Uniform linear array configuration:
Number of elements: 16
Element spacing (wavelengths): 0.75
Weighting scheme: hann
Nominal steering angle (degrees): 15
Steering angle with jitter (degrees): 14.994
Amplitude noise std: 0.05
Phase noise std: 0.05

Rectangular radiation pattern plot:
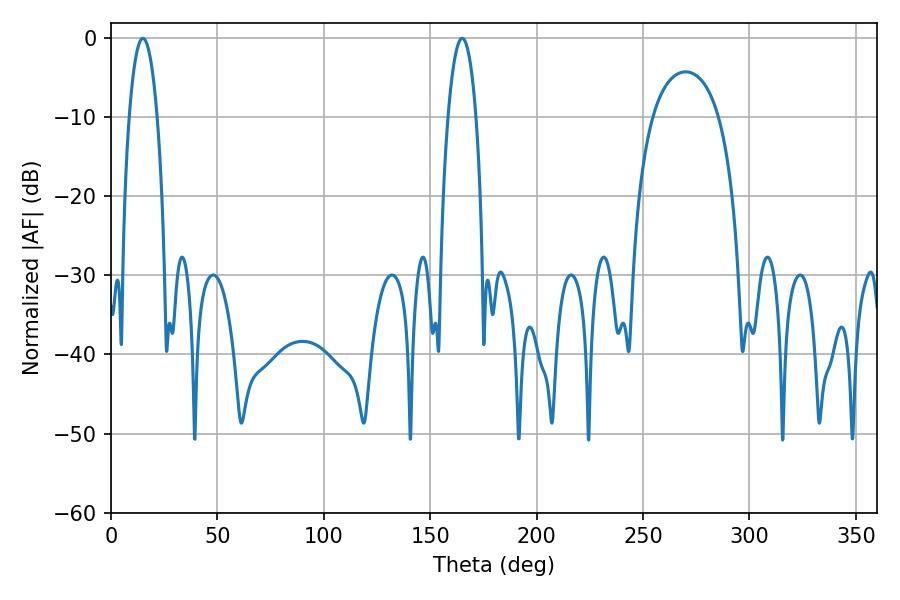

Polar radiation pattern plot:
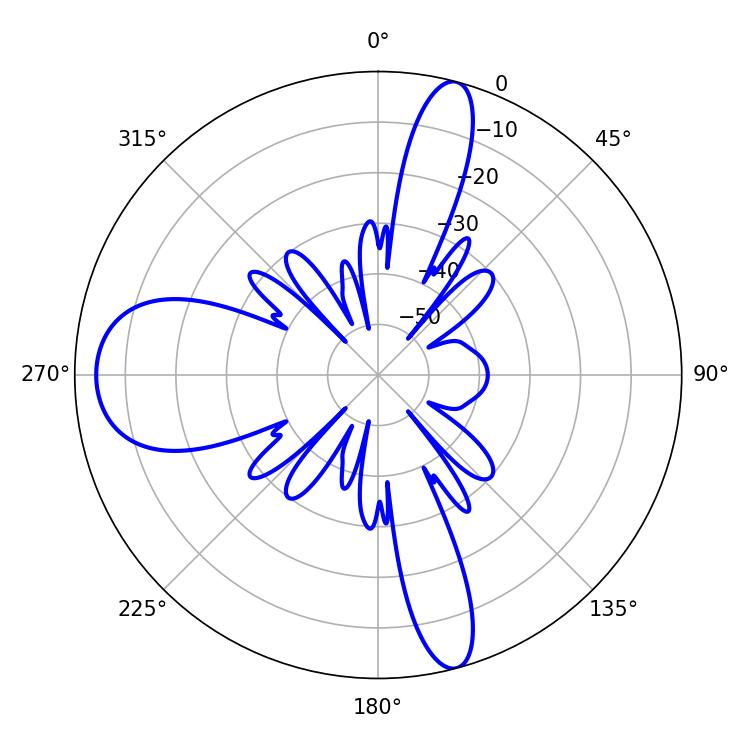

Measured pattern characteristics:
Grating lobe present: TRUE
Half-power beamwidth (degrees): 7.38
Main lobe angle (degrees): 14.94